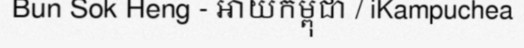
Bun Sok Heng - អាយកម្ពុជា / iKampuchea